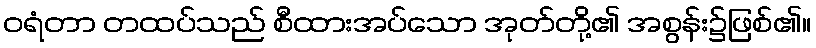
ဝရံတာ တထပ်သည် စီထားအပ်သော အုတ်တို့၏ အစွန်း၌ဖြစ်၏။